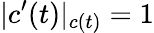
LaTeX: |c^{\prime}(t)|_{c(t)}=1